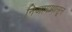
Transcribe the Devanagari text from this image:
निजामापासून